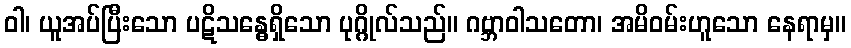
ဝါ၊ ယူအပ်ပြီးသော ပဋိသန္ဓေရှိသော ပုဂ္ဂိုလ်သည်။ ဂဗ္ဘာဝါသတော၊ အမိဝမ်းဟူသော နေရာမှ။